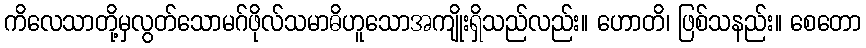
ကိလေသာတို့မှလွတ်သောမဂ်ဖိုလ်သမာဓိဟူသောအကျိုးရှိသည်လည်း။ ဟောတိ၊ ဖြစ်သနည်း။ စေတော